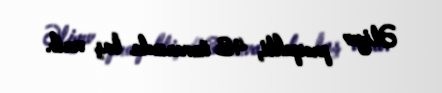
Əliyev prospekti, 43 ünvanında baş verib.